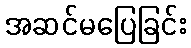
အဆင်မပြေခြင်း